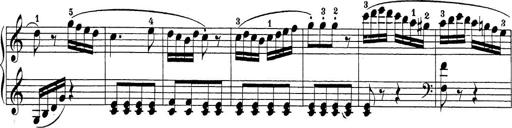
Title: Sonatina Album
Composer: Louis KÃ¶hler